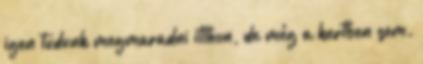
igen tudunk megmaradni itthon, de még a kertben sem.